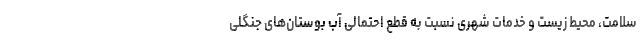
سلامت، محیط زیست و خدمات شهری نسبت به قطع احتمالی آبِ بوستان‌های جنگلی